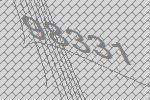
98331